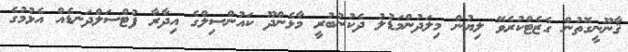
ޤާނޫނީގޮތުން ގެޒެޓްކުރެވޭ ލިޔުން މިލަދުންމަޑުލު ދެކުނުބުރީ މާޅެންދޫ ކައުންސިލްގެ އިދާރާ ފުޓްސަލްދަނޑެއް އެޅުމުގެ